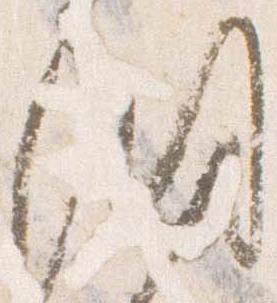
洞